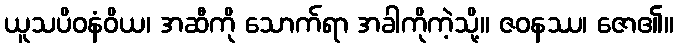
ယူသပိဝနံဝိယ၊ အဆီကို သောက်ရာ အခါကိုကဲ့သို့။ ဇဝနဿ၊ ဇော၏။